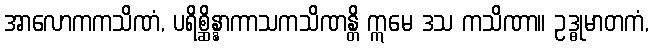
အာလောကကသိဏံ, ပရိစ္ဆိန္နာကာသကသိဏန္တိ ဣမေ ဒသ ကသိဏာ။ ဥဒ္ဓုမာတကံ,